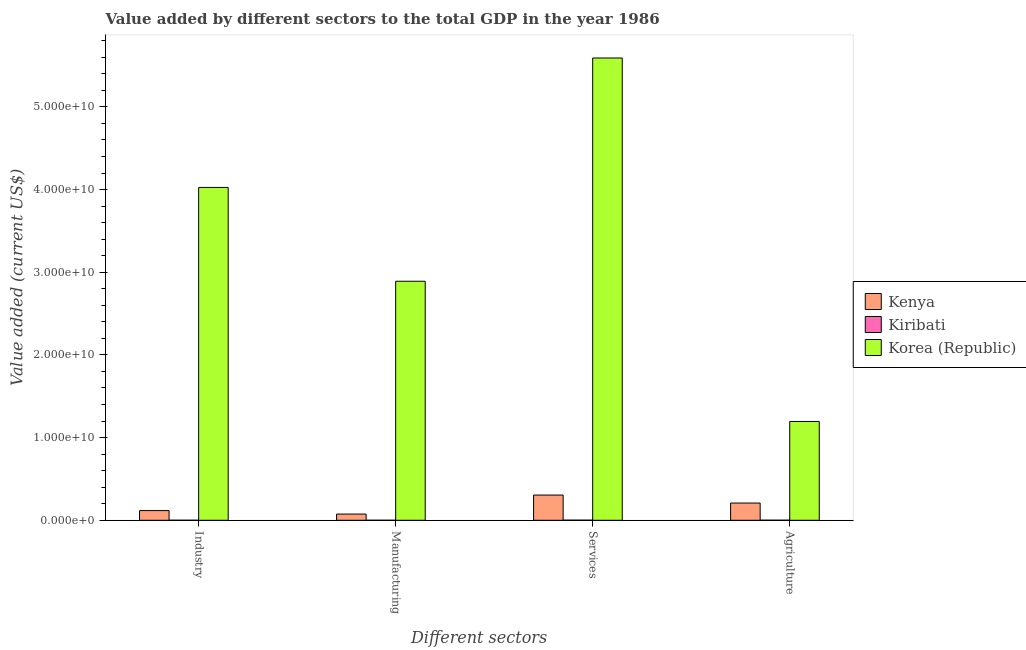
| Different sectors | Kenya | Kiribati | Korea (Republic) |
 | --- | --- | --- | --- |
 | Industry | 1.17e+09 | 1.56e+06 | 4.03e+10 |
 | Manufacturing | 7.5e+08 | 1.07e+05 | 2.89e+10 |
 | Services | 3.05e+09 | 1.14e+07 | 5.59e+10 |
 | Agriculture | 2.08e+09 | 4.74e+06 | 1.2e+10 |